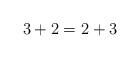
LaTeX: \begin{align*}3+2 = 2 + 3 \end{align*}